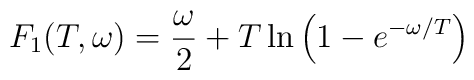
F_1(T,\omega)=\frac{\omega}{2} +T\ln\left (1-e^{-\omega/T}\right)